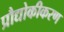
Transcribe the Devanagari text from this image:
प्रौद्योकीकरण